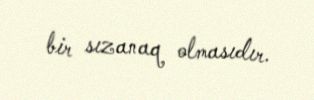
bir sızanaq olmasıdır.